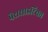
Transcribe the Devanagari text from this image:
पैरासाइटिका